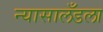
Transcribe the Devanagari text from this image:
न्यासालँडला